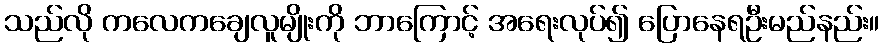
သည်လို ကလေကချေလူမျိုးကို ဘာကြောင့် အရေးလုပ်၍ ပြောနေရဦးမည်နည်း။